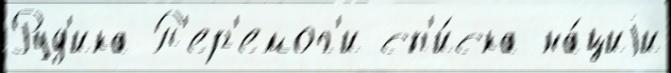
Руд'ика П'ер'емог'и сп'и́ска на́циjи